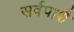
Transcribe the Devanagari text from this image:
सर्वपाशै